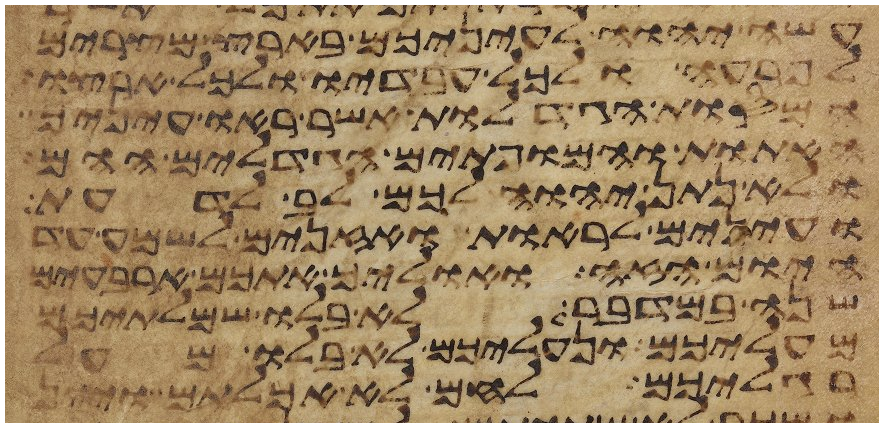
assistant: עשה יהוה לעיניכם בארץ מצרים
לפרעה ולכל עבדיו ולכל ארצו
המסות הגדלות אשר ראו עיניך
האתות והמופתים הגדלים ההם
ולא נתן יהוה לכם לב לדעת
ועינים לראות ואזנים לשמע עד
היום הזה ואוליך אתכם ארבעים
שנה במדבר לא בלו שמלתיכם
מעליכם ונעליכם לא בלו מעל
רגליכם לחם לא אכלתם ויין